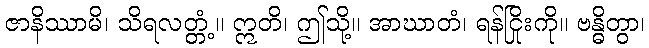
ဇာနိဿာမိ၊ သိရလတ္တံ့။ ဣတိ၊ ဤသို့။ အာဃာတံ၊ ရန်ငြိုးကို။ ဗန္ဓိတွာ၊